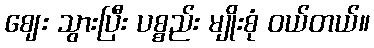
ဈေး သွားပြီး ပစ္စည်း မျိုးစုံ ဝယ်တယ်။